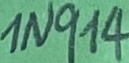
Text: 1N914